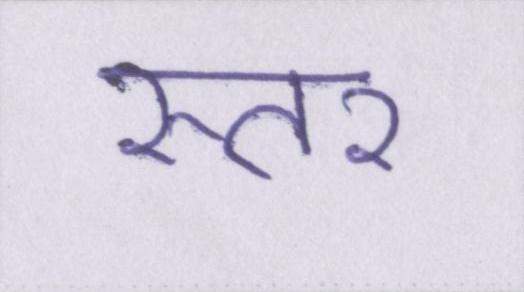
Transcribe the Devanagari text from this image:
स्तर